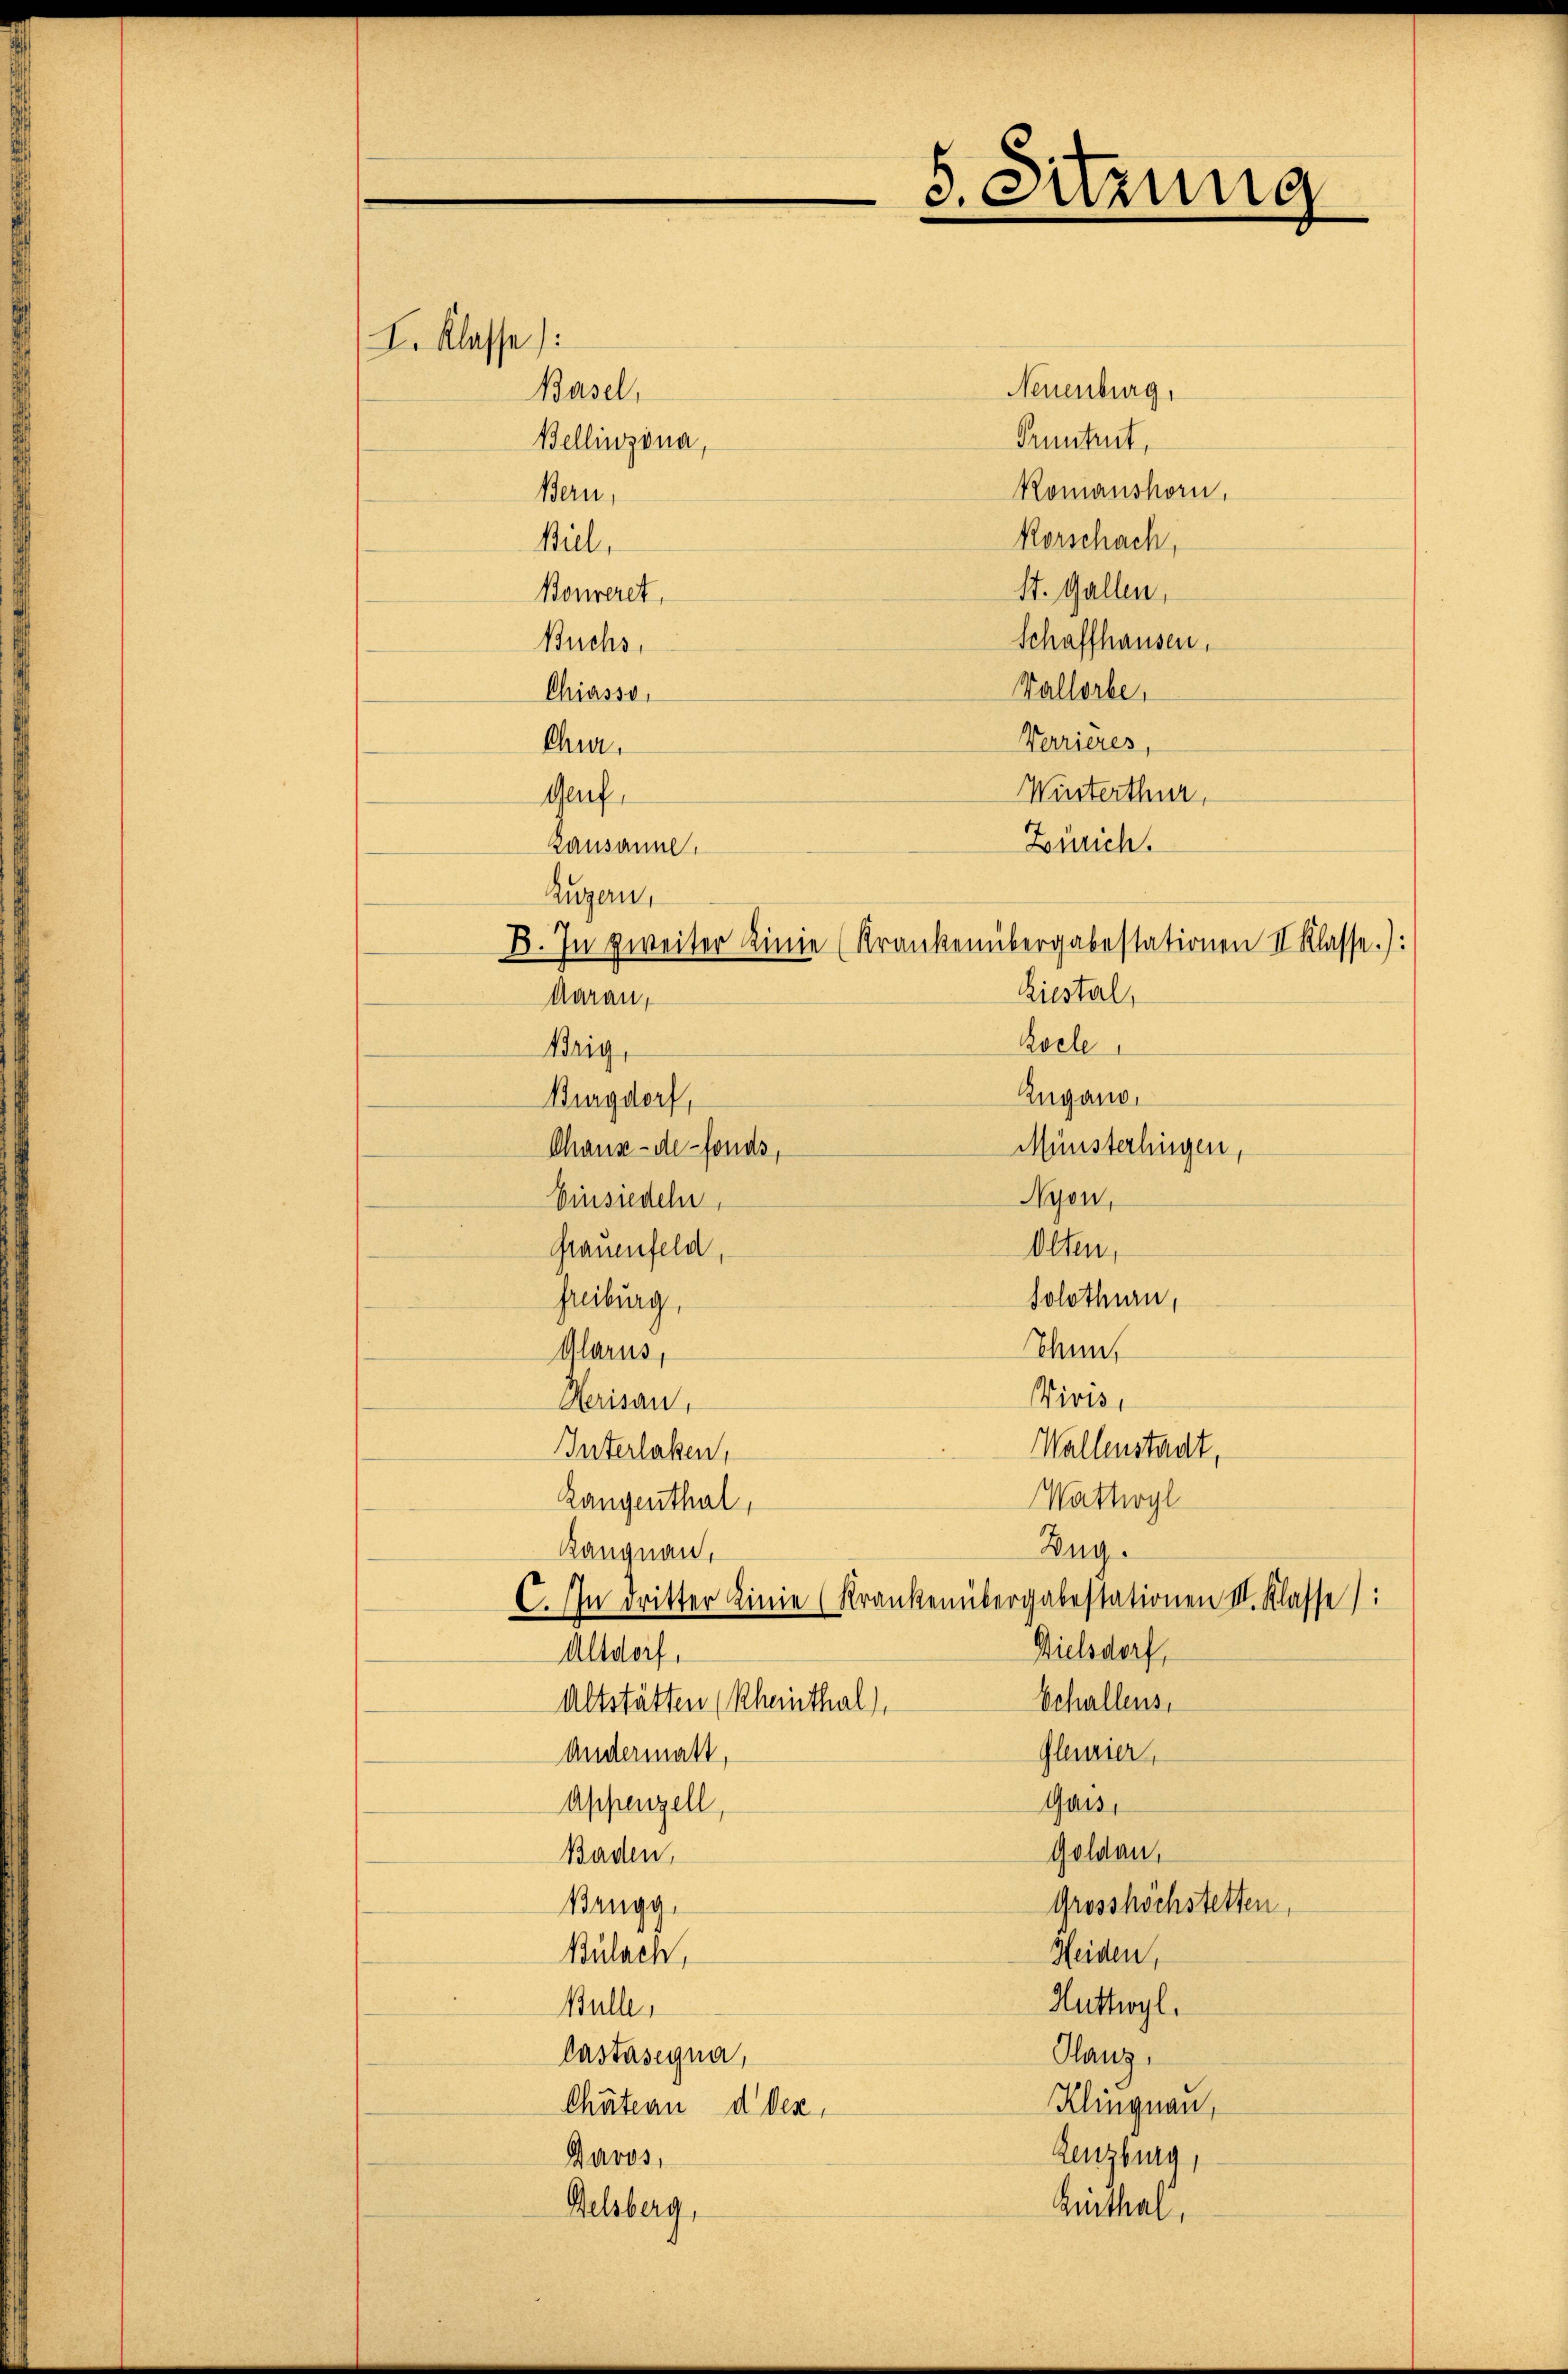
I. Klasse):

Biel,
Bonveret,
Buchs,
Chiasso,
Chur,
Genf,
Lausanne,
Zugern,

Brig,

Basel,

Bellinzona,
Bern,

Felsberg,

B. In zweiter Linie (Krankenübergabestationen II Klasse.):
Kiestal,
Aarau,
Kocle
Zugano.
Burgdorf,
Münsterlingen,
Nyon,
Einsiedeln,
Olten,
Grauenfeld,
Solothurn,
Freiburg,
Thun,
Glarus,
Vivis,
Herisau,
Wallenstadt,
Interlaken,
Wattwyl
Rangenthal,
Zug.
Rangnau,
C. In dritter Linie (Krankenübergabestationen II. Klasse):
Dielsdorf,
Altdorf,
Echallens,
Altstätten (Rheinthal),
Glanzier,
Andermatt,
Gais,
Appenzell,
Goldau,
Baden,
Grosshöchstetten,
Brugg.
Heiden,
Bülach,
Huthyl.
Bulle,
Castasegna,
Glanz,
Klingnau,
Chätern d. Dez.
Lenzburg,
Davos,

Chaux-de-Fonds,

Neuenburg,
Pruntrut,
Komanshorn,
Korschach,
St. Gallen,
Schaffhausen.
Vallorbe
Verrieres,
Winterthur,
Zürich.

3. Sitzung

Hinthal,